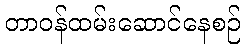
တာဝန်ထမ်းဆောင်နေစဉ်